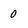
Character: 0